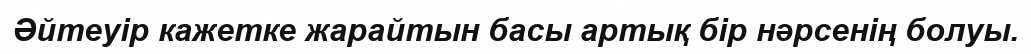
Әйтеуір кажетке жарайтын басы артық бір нәрсенің болуы.